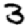
Digit: 3